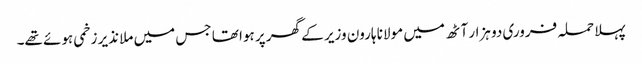
پہلا حملہ فروری دو ہزار آٹھ میں مولانا ہارون وزیر کے گھر پر ہوا تھا جس میں ملا نذیر زخمی ہوئے تھے۔